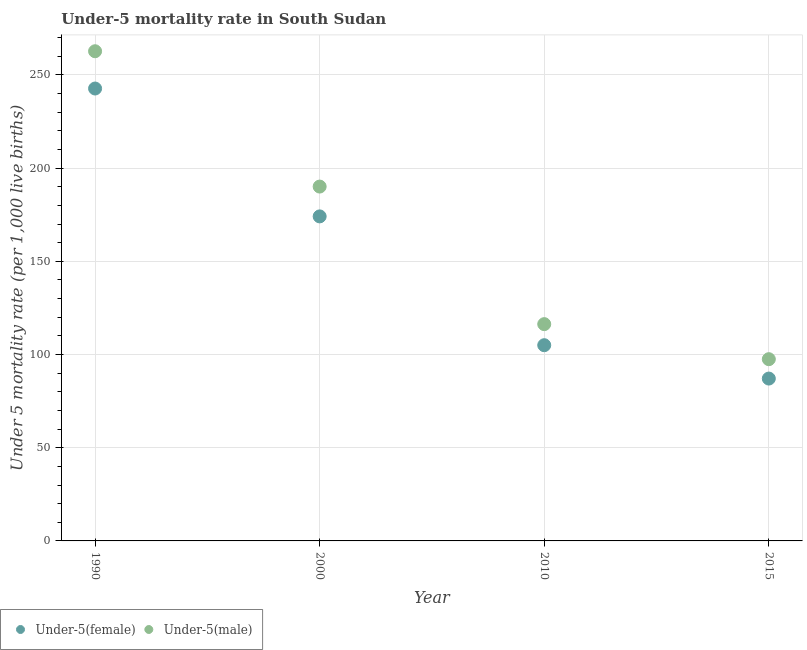
| Year | Under-5(female) | Under-5(male) |
 | --- | --- | --- |
 | 1990 | 243 | 263 |
 | 2000 | 174 | 190 |
 | 2010 | 105 | 116 |
 | 2015 | 87.1 | 97.5 |